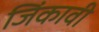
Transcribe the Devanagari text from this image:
जिंकावी